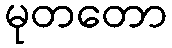
မုတတော